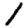
Digit: 1